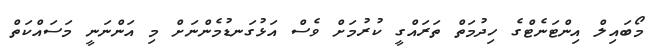
މޯބައިލް އިންޓަނެޓްގެ ހިދުމަތް ތަރައްގީ ކުރުމަށް ވެސް އަޅުގަނޑުމެންނަށް މި އަންނަނީ މަސައްކަތް